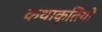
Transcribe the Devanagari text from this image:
कथाकृतियों